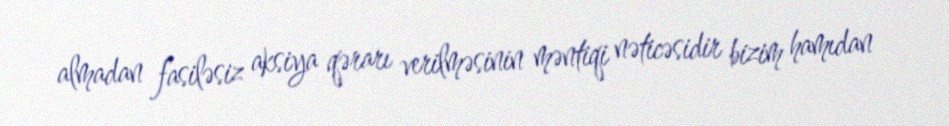
almadan fasiləsiz aksiya qərarı verilməsinin məntiqi nəticəsidir bizim hamıdan